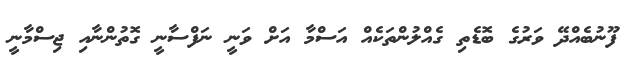
ފޫނުބެއްދޭ ވަރުގެ ބޮޑެތި ގެއްލުންތަކެއް އަސްމާ އަށް ވަނީ ނަފްސާނީ ގޮތުންނާއި ޖިސްމާނީ